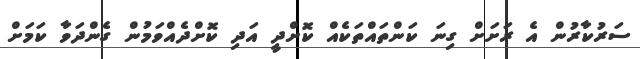
ސަރުކާރުން އެ ރަށަށް ގިނަ ކަންތައްތަކެއް ކޮށްދީ އަދި ކޮށްދެއްވަމުން ގެންދަވާ ކަމަށް